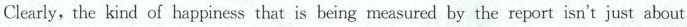
Clearly, the kind of happiness that is being measured by the report isn't just about